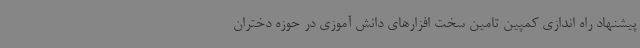
پیشنهاد راه اندازی کمپین تامین سخت افزارهای دانش آموزی در حوزه دختران